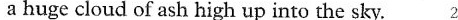
a huge cloud of ash high up into the sky. 2